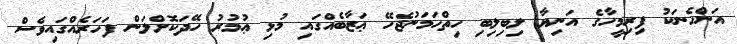
އަންހެނަކު ފިރިމީހާގެ އަނިޔާ ލިބިލިބި ހިތްހަމަނުޖެހޭ ޢަޒާބެއްގައި މުޅި ޢުމުރު ހޭދަކޮށްލަން ފަހަރެއްގައިވެސް